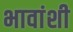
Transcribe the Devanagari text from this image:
भावांशी